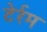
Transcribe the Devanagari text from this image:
टेर्रम